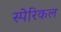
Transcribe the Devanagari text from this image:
स्पेरिकल